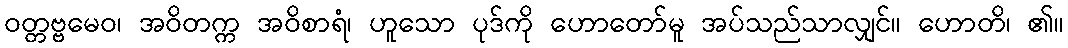
ဝတ္တဗ္ဗမေဝ၊ အဝိတက္က အဝိစာရံ၊ ဟူသော ပုဒ်ကို ဟောတော်မူ အပ်သည်သာလျှင်။ ဟောတိ၊ ၏။